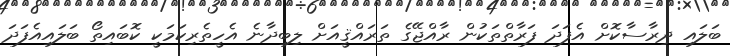
ބަލައި ދިރާސާކޮށް އެފަދަ ފަރާތްތަކުން ރާއްޖޭގެ ތަރައްޤީއަށް ލިބިދާނެ އެހީތެރިކަމަކީ ކޮބައިތޯ ބަލައިއެފަދަ